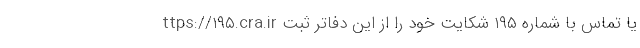
ttps://۱۹۵.cra.ir یا تماس با شماره ۱۹۵ شکایت خود را از این دفاتر ثبت